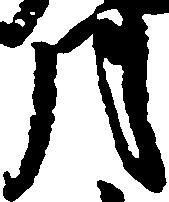
月